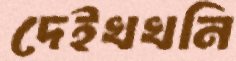
দেইখখনি